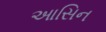
આસિન